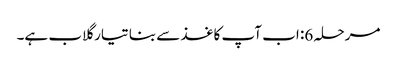
مرحلہ 6: اب آپ کاغذ سے بنا تیار گلاب ہے۔